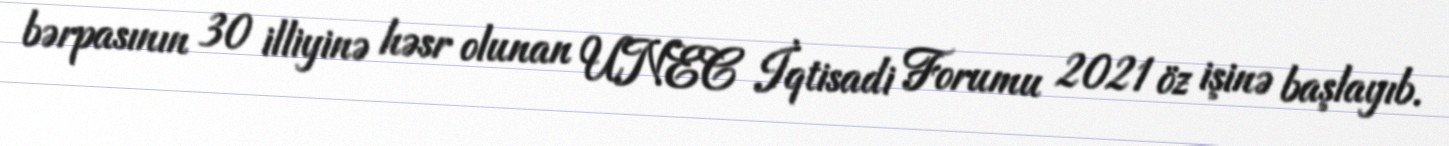
bərpasının 30 illiyinə həsr olunan UNEC İqtisadi Forumu 2021 öz işinə başlayıb.